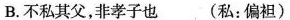
B.不私其父，非孝子也 (私：偏袒)